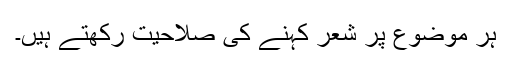
ہر موضوع پر شعر کہنے کی صلاحیت رکھتے ہیں۔